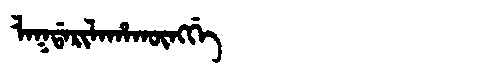
Manchu: ᠯᠠᡴᡩᠠᡵᡳᠯᠠᡥᠠᡴᡡᠩᡤᡝ
Romanization: LAKDARILAHAKŪNGGE